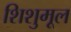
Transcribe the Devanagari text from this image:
शिशुमूल